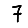
Digit: 7